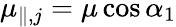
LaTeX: \mu_{\parallel,j}=\mu\cos\alpha_{1}